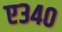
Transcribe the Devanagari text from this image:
ए३४०